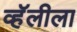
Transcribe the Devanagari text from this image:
व्हॅलीला